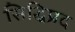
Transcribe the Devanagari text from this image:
सिद्धिप्रद